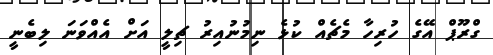
ގްރޫޕް އޭގެ ހުރިހާ މެޗެއް ކުޅެ ނިމުނުއިރު ޗިލީ އަށް އެއްވަނަ ލިބެނީ